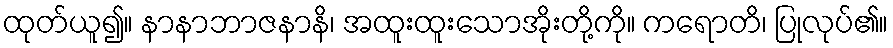
ထုတ်ယူ၍။ နာနာဘာဇနာနိ၊ အထူးထူးသောအိုးတို့ကို။ ကရောတိ၊ ပြုလုပ်၏။